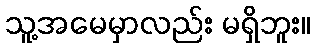
သူ့အမေမှာလည်း မရှိဘူး။